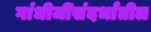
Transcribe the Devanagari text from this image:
गांधीजींसंदर्भांतील